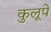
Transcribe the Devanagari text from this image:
कुलूपे